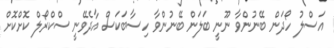
އަސްލު ހޯދަން ބޭނުންވާ ނޫނީ ބަލަން ބޭނުންވާ ހިސާބަކަސް އާދެވޭނީ ސްކްރޯލް ކޮށްކޮށް